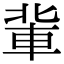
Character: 軰